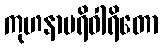
ကုဟနာပရိဝါရိတော